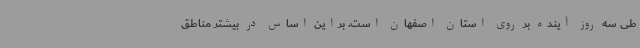
طی سه روز آینده بر روی استان اصفهان است. براین اساس در بیشتر مناطق